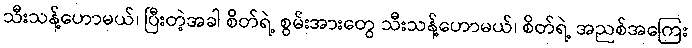
သီးသန့်ဟောမယ်၊ ပြီးတဲ့အခါ စိတ်ရဲ့ စွမ်းအားတွေ သီးသန့်ဟောမယ်၊ စိတ်ရဲ့ အညစ်အကြေး